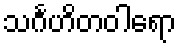
သင်္ဂဟိတဝါရော